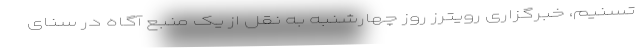
تسنیم، خبرگزاری رویترز روز چهارشنبه به نقل از یک منبع آگاه در سنای